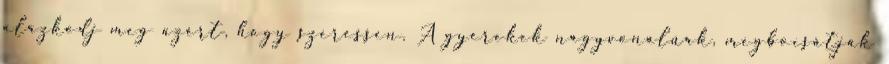
alázkodj meg azért, hogy szeressen. A gyerekek nagyvonalúak, megbocsátják